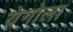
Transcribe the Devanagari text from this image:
येगोला